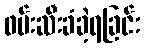
ဖမ်းဆီးခံခဲ့ရခြင်း